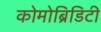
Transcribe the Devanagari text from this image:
कोमोब्रिडिटी